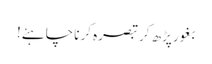
بغور پڑھ کر تبصرہ کرنا چاہئے!